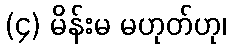
(၄) မိန်းမ မဟုတ်ဟု၊